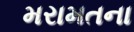
મરામતના